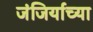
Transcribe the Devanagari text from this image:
जंजिर्याच्या